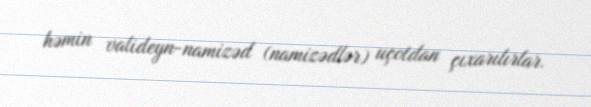
həmin valideyn-namizəd (namizədlər) uçotdan çıxarılırlar.